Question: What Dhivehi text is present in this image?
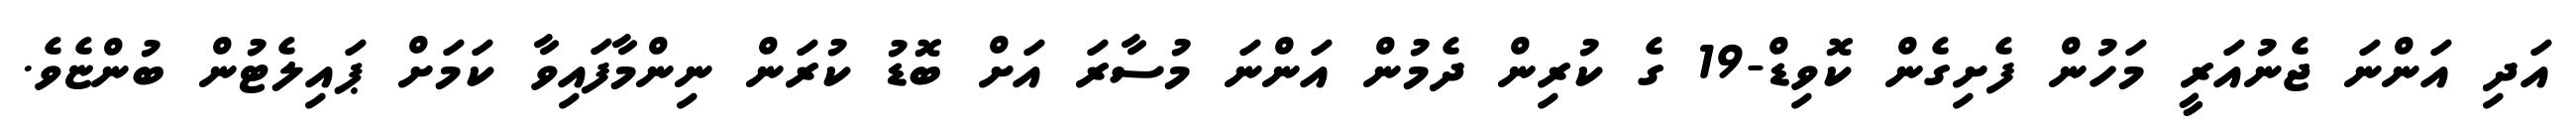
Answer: އަދި އަންނަ ޖެނުއަރީ މަހުން ފެށިގެން ކޮވިޑް-19 ގެ ކުރިން ދެމުން އަންނަ މުސާރަ އަށް ބޮޑު ކުރަން ނިންމާފައިވާ ކަމަށް ޕައިލެޓުން ބުންޏެވެ.